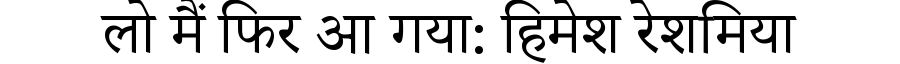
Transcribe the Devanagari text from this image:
लो मैं फिर आ गया: हिमेश रेशमिया